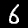
Digit: 6